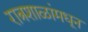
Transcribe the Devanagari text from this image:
रात्रशाळांमधून